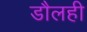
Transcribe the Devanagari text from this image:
डौलही